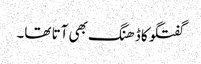
گفتگو کا ڈھنگ بھی آتا تھا۔